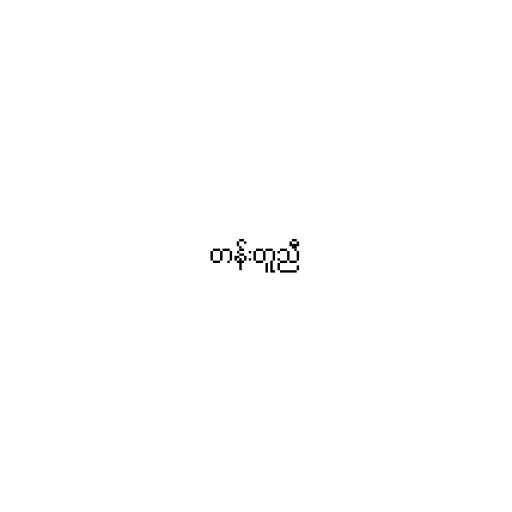
တန်းတူညီ